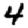
Digit: 4